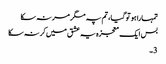
تمہارا ہو تو گیا، تم پہ مگر مر نہ سکا
بس ایک معجزہ یہ عشق میں کر نہ سکا
3۔